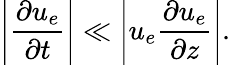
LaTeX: \left|\frac{\partial u_{e}}{\partial t}\right|\ll\left|u_{e}\frac{\partial u_{e}}{\partial z}\right|.